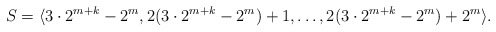
\begin{align*}S = \langle 3 \cdot 2^{m+k} - 2^m, 2( 3 \cdot 2^{m+k}-2^m)+1,\ldots,2(3 \cdot 2^{m+k}-2^m)+2^m \rangle.\end{align*}